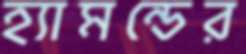
হ্যামন্ডের